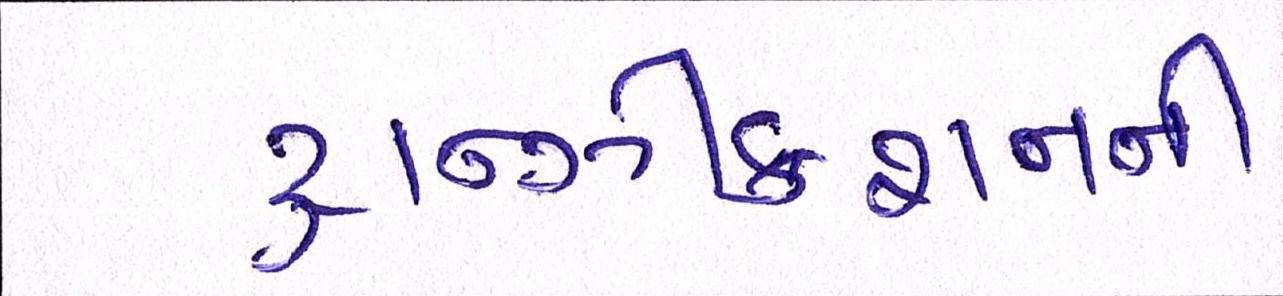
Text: ટ્રાન્ઝીકશનની